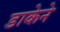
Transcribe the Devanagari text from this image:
डाकेने